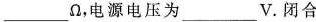
___\Omega ，电源电压为___V。闭合